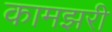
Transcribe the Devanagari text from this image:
कामझरी